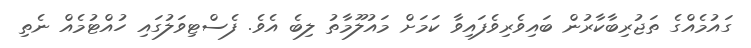
ގައުމެއްގެ ތަޖުރިބާކާރުން ބައިވެރިވެފައިވާ ކަމަށް މައުލޫމާތު ލިބެ އެވެ. ފެސްޓިވަލުގައި ހުއްޓުމެއް ނެތި